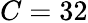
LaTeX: C=32